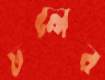
ঢলের